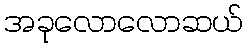
အခုလောလောဆယ်